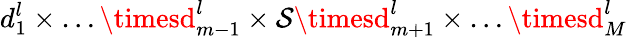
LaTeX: d_{1}^{l}\times\dots\timesd_{m-1}^{l}\times\mathcal{S}\timesd_{m+1}^{l}\times\dots\timesd_{M}^{l}